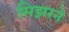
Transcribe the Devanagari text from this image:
सिझरने